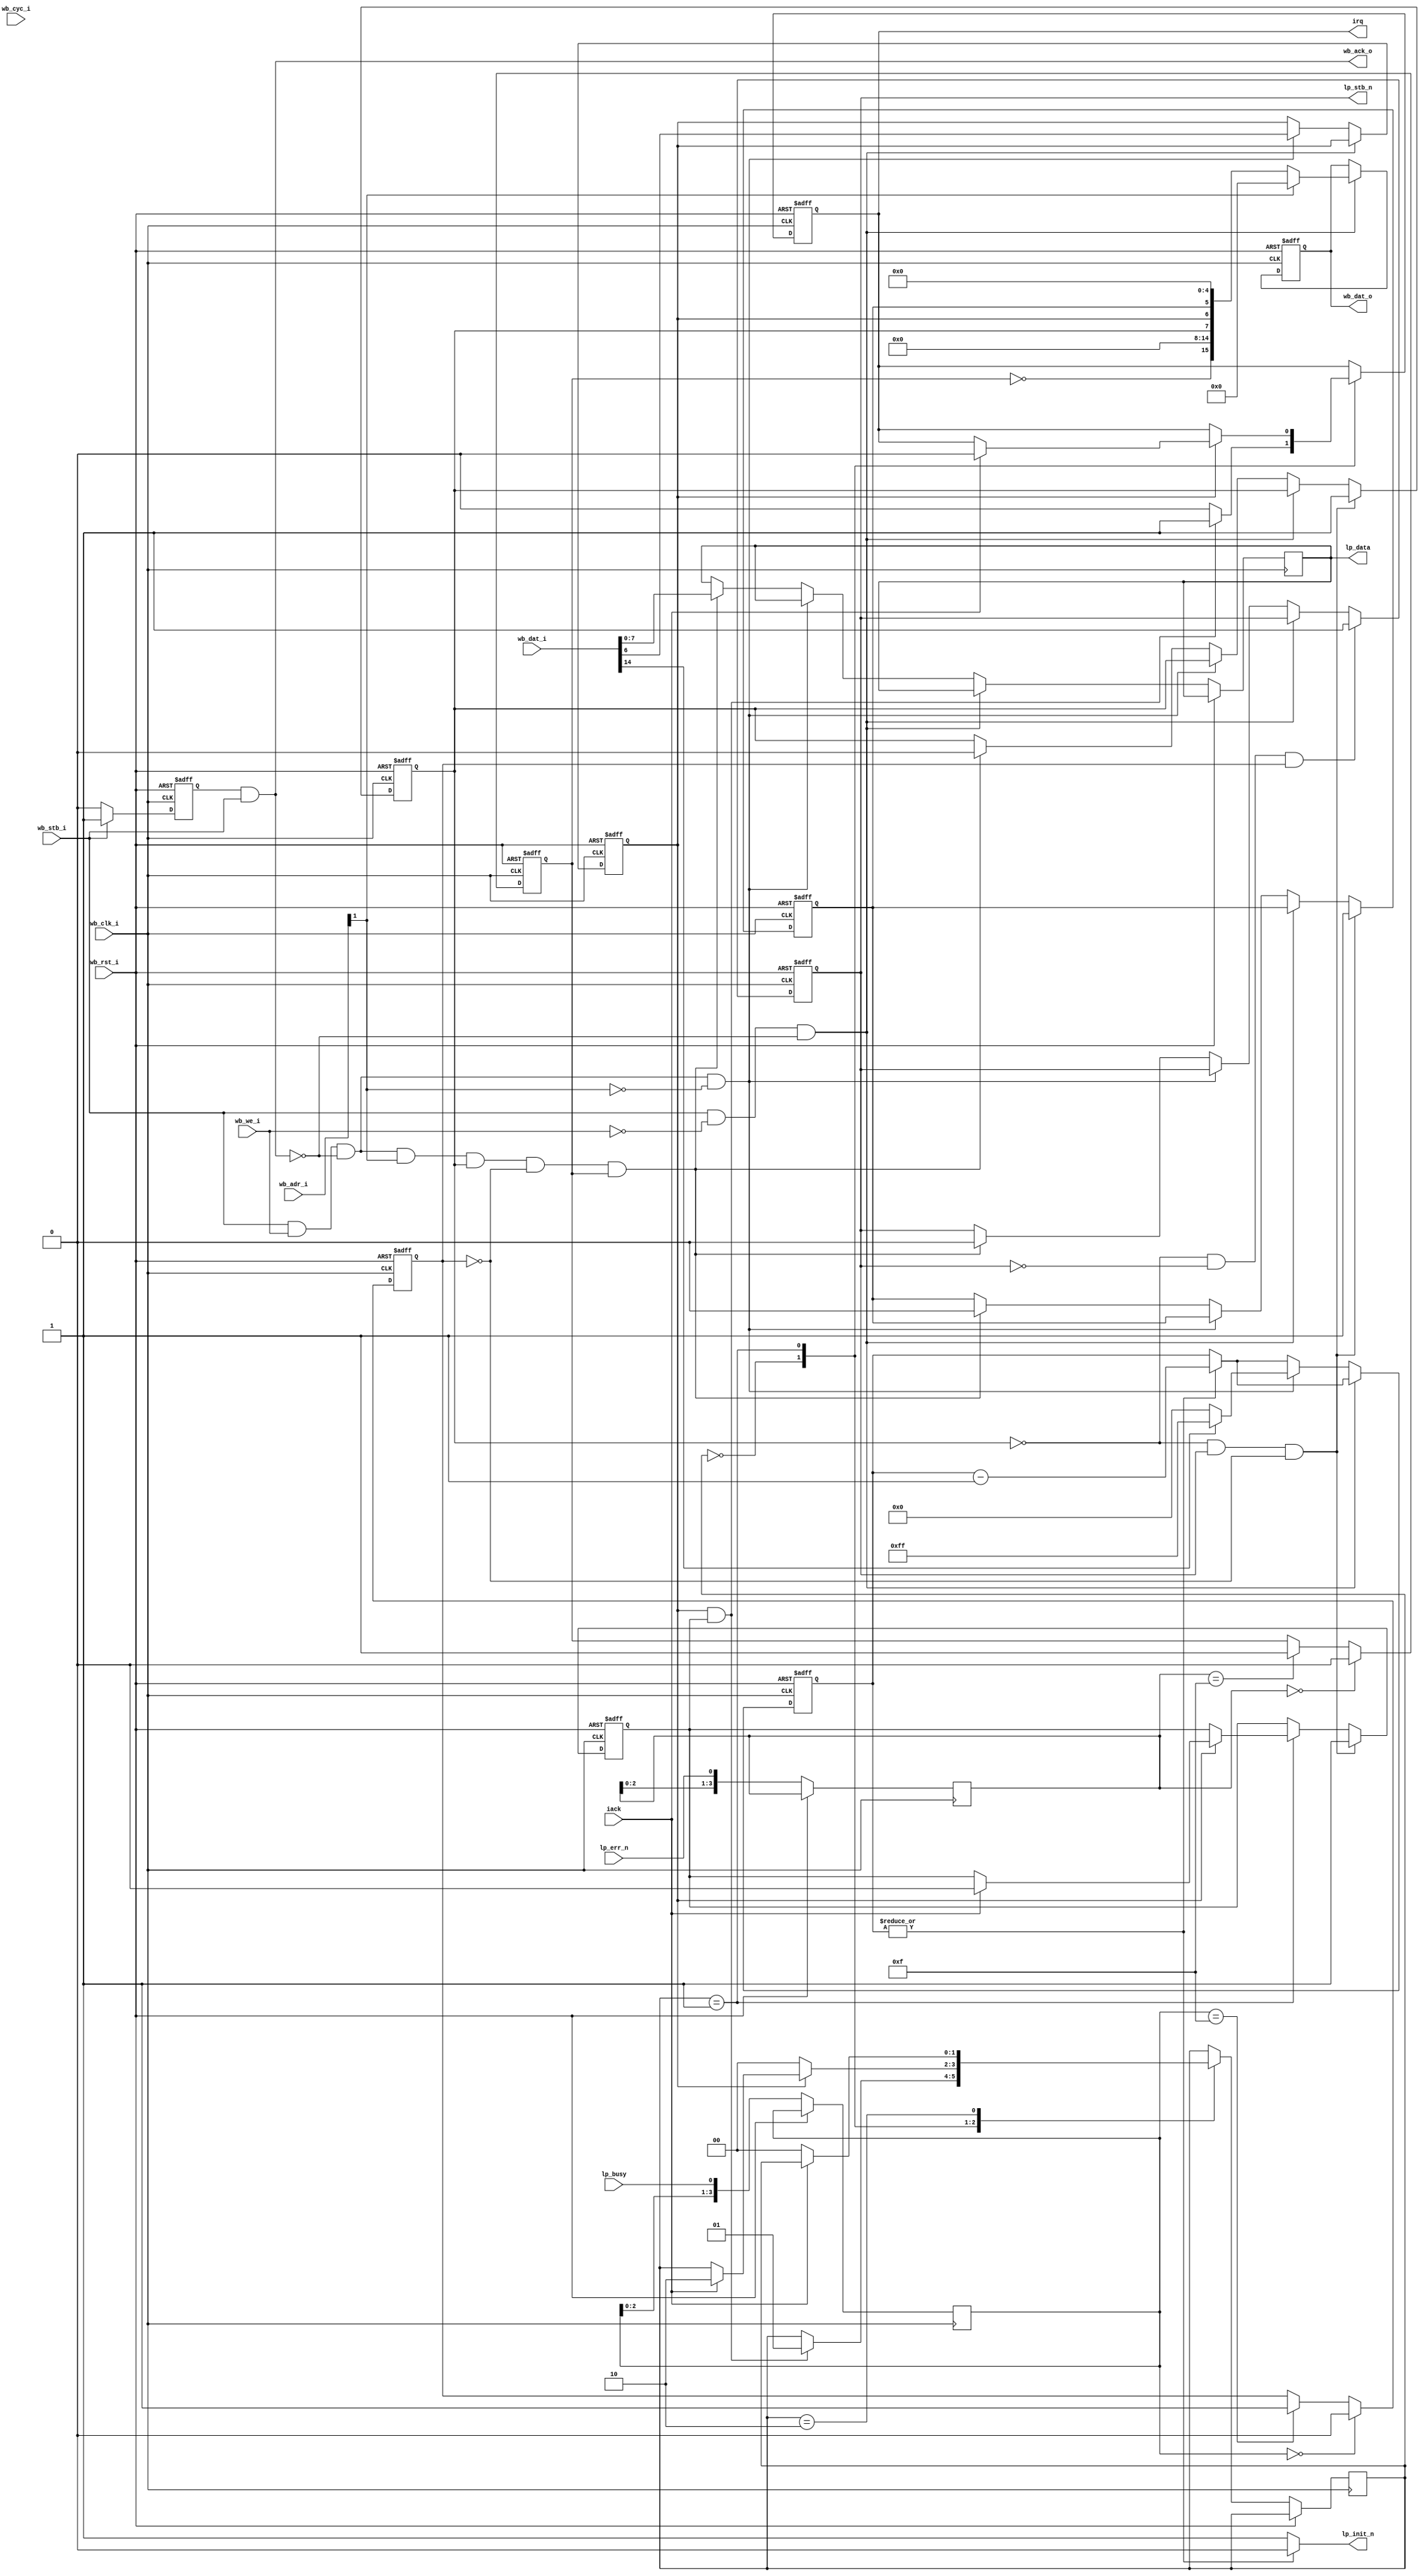
//      
//
module irpr
(
   input                wb_clk_i,   
   input                wb_rst_i,   
                                    
   input  [1:0]         wb_adr_i,   
   input  [15:0]        wb_dat_i,   
   output reg [15:0]    wb_dat_o,   
   input                wb_cyc_i,   
   input                wb_we_i,    
   input                wb_stb_i,   
   output               wb_ack_o,   
   
   output reg           irq,        //  
   input                iack,       //  
   
   //  
   output reg [7:0]     lp_data,    //     
   output reg           lp_stb_n,   //    
   output               lp_init_n,  //  
   input                lp_busy,    //   
   input                lp_err_n    //  
                                    
);
//
//  
// 
//  CSR=177514
//  DAT=177516
//   200
//
//  CSR:
//
// 15 R   ERROR -  
// 14 W   RESET -   
// 13
// 12
// 11
// 10
// 09
// 08
// 07 R   DRQ   -  
// 06 RW  IE    -  
// 05 R   DONE  -   
// 04
// 03
// 02
// 01
// 00


reg [15:0] dat;
reg drq;
reg done;
reg [7:0] reset_delay;
wire rstb;
wire csr_wstb;
wire dat_wstb;

reg busy;
reg err_n;

reg interrupt_trigger;     //   
reg ie;                    //   

//    
reg[3:0] busy_filter; 
reg[3:0] err_filter; 

//    
parameter[1:0] i_idle = 0; 
parameter[1:0] i_req = 1; 
parameter[1:0] i_wait = 2; 
reg[1:0] interrupt_state; 

//    -INIT
assign lp_init_n=(|reset_delay)? 1'b0:1'b1;

//      
assign rstb = wb_stb_i &  ~wb_we_i &  ~wb_ack_o;
assign csr_wstb = wb_stb_i &  wb_we_i &  ~wb_ack_o & (wb_adr_i[1] == 1'b0);
assign dat_wstb = wb_stb_i &  wb_we_i &  ~wb_ack_o & (wb_adr_i[1] == 1'b1) & drq & (~busy) & err_n;


//**************************************
//*    
//**************************************
reg reply;

always @(posedge wb_clk_i or posedge wb_rst_i)
    if (wb_rst_i == 1) reply <= 1'b0;
    else if (wb_stb_i) reply <= 1'b1;
    else reply <= 1'b0;

assign wb_ack_o=reply & wb_stb_i;

//**************************************
//*   
//**************************************
always @(posedge wb_clk_i or posedge wb_rst_i) 
   if (wb_rst_i)    begin
     busy <= 1'b0;
     err_n <= 1'b1;
   end
   else begin   
      busy_filter <= {busy_filter[2:0], lp_busy} ;  //   
      err_filter <= {err_filter[2:0], lp_err_n} ;   //   

      if (busy_filter == {4{1'b0}})     busy <= 1'b0 ; 
      else if (busy_filter == {4{1'b1}}) busy <= 1'b1 ;
      if (err_filter == {4{1'b0}})     err_n <= 1'b0 ; 
      else if (err_filter == {4{1'b1}}) err_n <= 1'b1 ;
   end

   
   
//**************************************
//*  
//**************************************
always @(posedge wb_clk_i or posedge wb_rst_i) 
   if (wb_rst_i)    begin
   //  
      ie  <= 1'b0;
      irq <= 1'b0;
      reset_delay <= 8'hff;
      drq <= 1'b0;             //    DRQ - 0
      done <= 1'b0;          
      lp_stb_n <= 1'b1;        //  
      wb_dat_o <= 16'h0000;
      interrupt_trigger <= 1'b0;
   end
//**************************************************
//    
//**************************************************
   else begin
     case (interrupt_state)
                //   
              i_idle :
                        begin
                     //     A  B -   
                           if (ie & interrupt_trigger)  begin
                              interrupt_state <= i_req ; 
                              irq <= 1'b1 ;    //   
                           end 
                           else   irq <= 1'b0 ;    //    
                        end
               //             
               i_req :     if (ie == 1'b0)    interrupt_state <= i_idle ;    
                           else if (iack == 1'b1) begin
                              //      
                              irq <= 1'b0 ;               //  
                              interrupt_trigger <= 1'b0;
                              interrupt_state <= i_wait ; //     
                           end 
               //             
               i_wait :    if (iack == 1'b0)  interrupt_state <= i_idle ; 
      endcase
   
//**************************************************
//*      
//**************************************************

       //   
     if (|reset_delay) reset_delay <= reset_delay - 1'b1;

     //  
     if (rstb) begin
        wb_dat_o <=  ~wb_adr_i[1]?          
            {~err_n, 7'o0, drq, ie, done, 5'o0}  :   // 177514 - CSR
              16'o000000;                            //    
     end
     
     //   CSR   
     else if (csr_wstb)  begin
         ie  <= wb_dat_i[6];  //  
         reset_delay <= (wb_dat_i[14]? 8'hff:8'h00);  //  
     end  

     //   
     else if (dat_wstb) begin //        
         drq <= 1'b0;        //  DRQ
         lp_data <= wb_dat_i[7:0];  //   
         done <= 1'b0;       //   done   
         lp_stb_n <= 1'b0;          //   
     end
     
     if ((drq == 1'b0) & (lp_stb_n == 1'b0) & (busy == 1'b1))  lp_stb_n <= 1'b1;  //    busy -  
     if ((drq == 1'b0) & (lp_stb_n == 1'b1) & (busy == 1'b0))  begin
       //   busy
       drq  <= 1'b1;   //  DRQ
       done <= 1'b1;   //   done
       interrupt_trigger <= 1'b1;   //  
      end    
   end 

endmodule